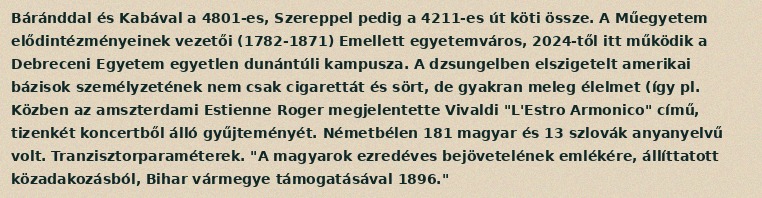
Báránddal és Kabával a 4801-es, Szereppel pedig a 4211-es út köti össze. A Műegyetem elődintézményeinek vezetői (1782-1871) Emellett egyetemváros, 2024-től itt működik a Debreceni Egyetem egyetlen dunántúli kampusza. A dzsungelben elszigetelt amerikai bázisok személyzetének nem csak cigarettát és sört, de gyakran meleg élelmet (így pl. Közben az amszterdami Estienne Roger megjelentette Vivaldi "L'Estro Armonico" című, tizenkét koncertből álló gyűjteményét. Németbélen 181 magyar és 13 szlovák anyanyelvű volt. Tranzisztorparaméterek. "A magyarok ezredéves bejövetelének emlékére, állíttatott közadakozásból, Bihar vármegye támogatásával 1896."